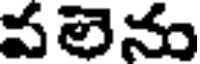
వలెను